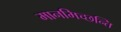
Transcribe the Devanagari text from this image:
मानमिच्छन्ति